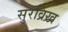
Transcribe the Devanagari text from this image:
सुरव्रिख